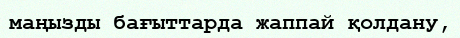
маңызды бағыттарда жаппай қолдану,